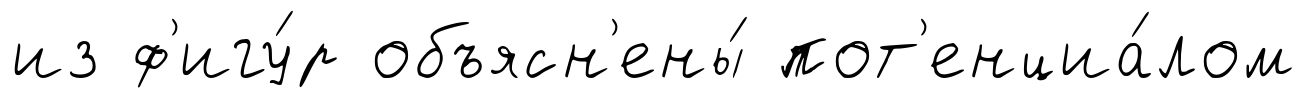
из ф'игу́р объясн'ены́ пот'енциа́лом